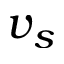
v _ { s }